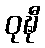
ဝုဍ္ဎီ